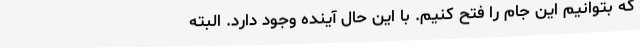
که بتوانیم این جام را فتح ‌کنیم‌. با این حال آینده وجود دارد. البته